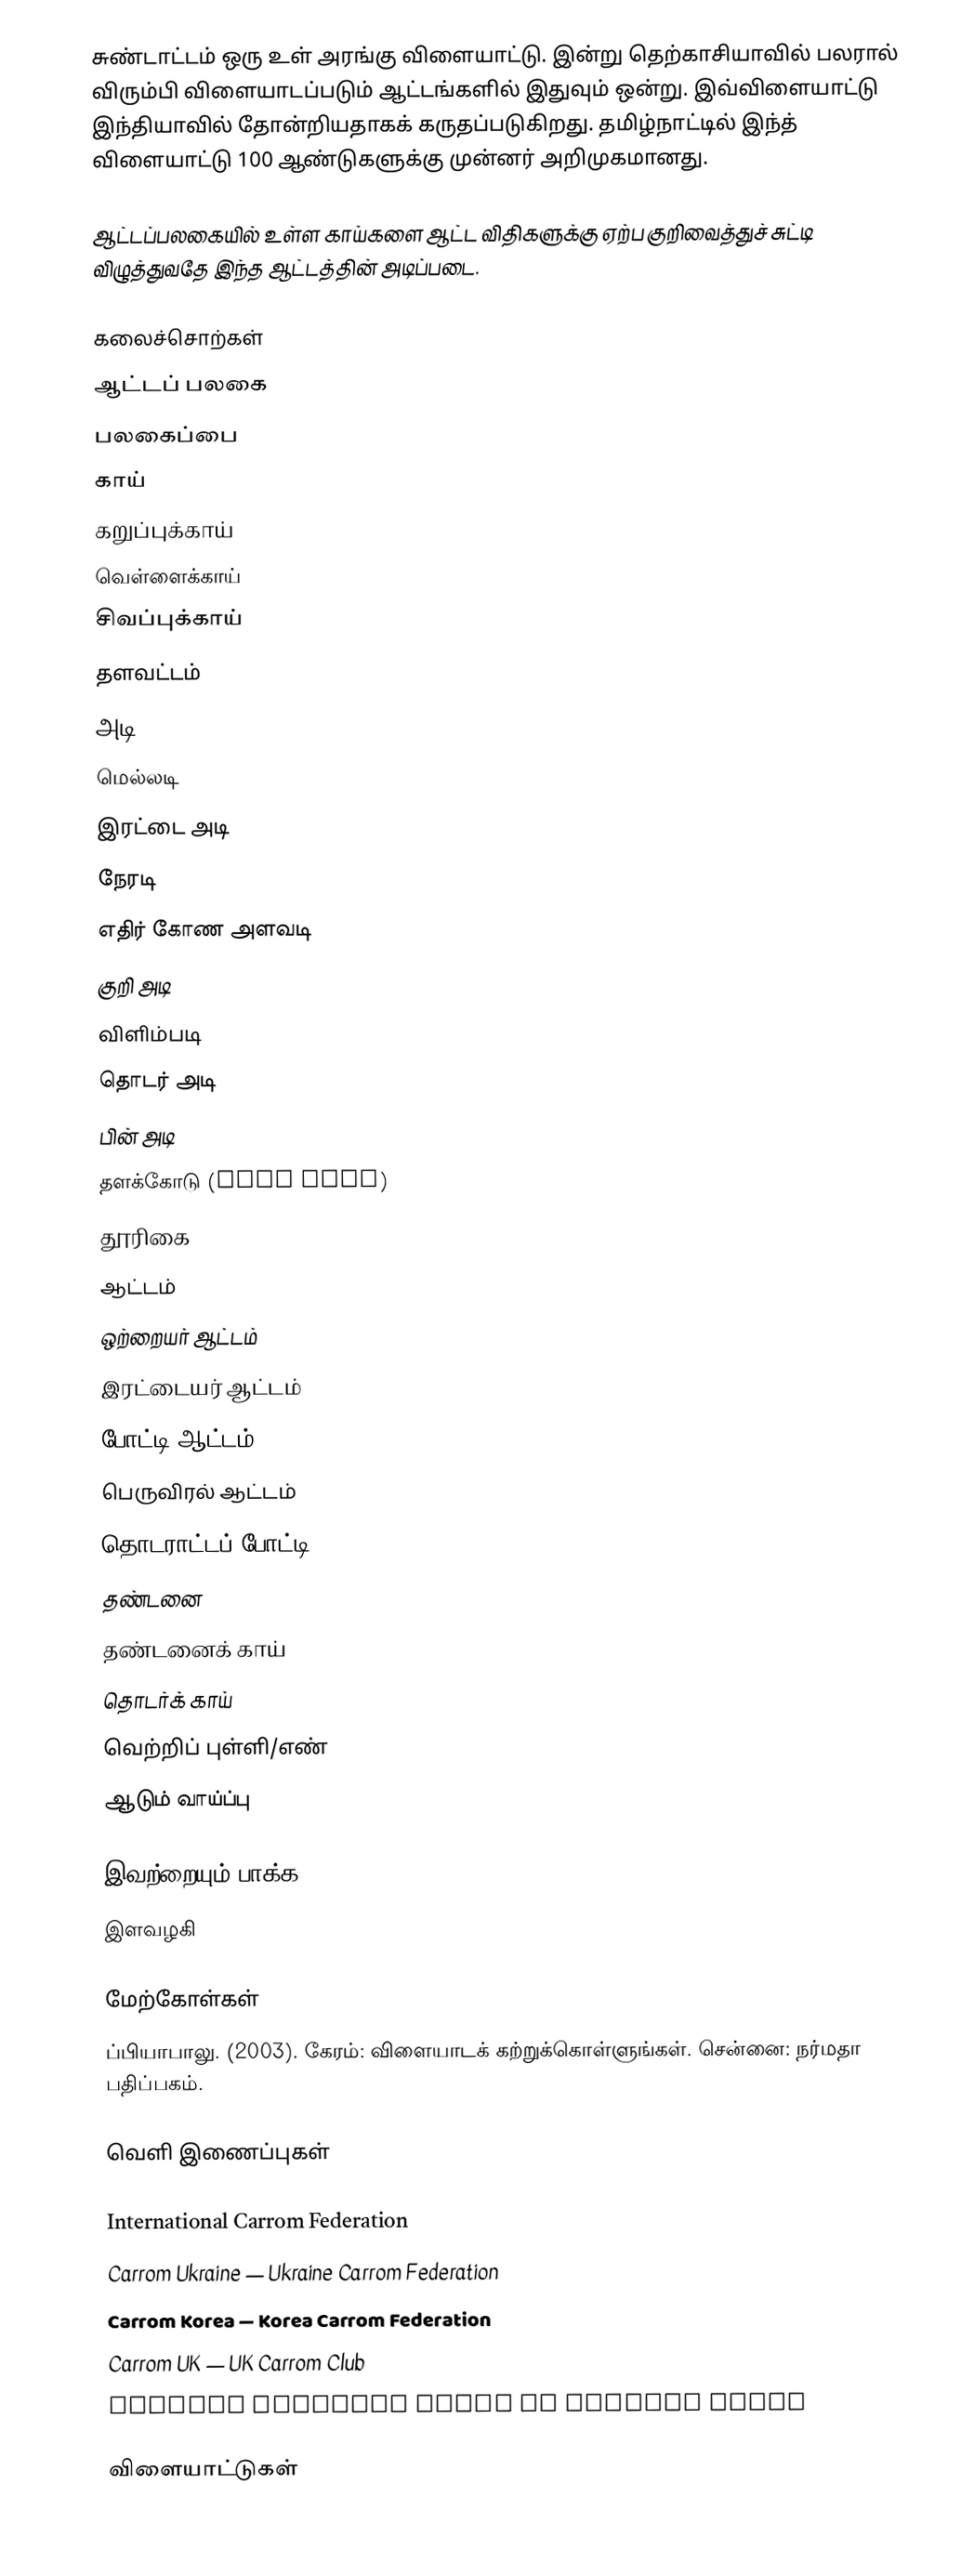
சுண்டாட்டம் ஒரு உள் அரங்கு விளையாட்டு.  இன்று தெற்காசியாவில் பலரால் விரும்பி விளையாடப்படும் ஆட்டங்களில் இதுவும் ஒன்று.  இவ்விளையாட்டு இந்தியாவில் தோன்றியதாகக் கருதப்படுகிறது. தமிழ்நாட்டில் இந்த் விளையாட்டு 100 ஆண்டுகளுக்கு முன்னர் அறிமுகமானது.

ஆட்டப்பலகையில் உள்ள காய்களை ஆட்ட விதிகளுக்கு ஏற்ப குறிவைத்துச் சுட்டி விழுத்துவதே இந்த ஆட்டத்தின் அடிப்படை.

கலைச்சொற்கள்
 ஆட்டப் பலகை
 பலகைப்பை
 காய்
 கறுப்புக்காய்
 வெள்ளைக்காய்
 சிவப்புக்காய்
 தளவட்டம்
 அடி
 மெல்லடி
 இரட்டை அடி
 நேரடி
 எதிர் கோண அளவடி
 குறி அடி
 விளிம்படி
 தொடர் அடி
 பின் அடி
 தளக்கோடு (base line)
 தூரிகை
 ஆட்டம்
 ஒற்றையர் ஆட்டம்
 இரட்டையர் ஆட்டம்
 போட்டி ஆட்டம்
 பெருவிரல் ஆட்டம்
 தொடராட்டப் போட்டி
 தண்டனை
 தண்டனைக் காய்
 தொடர்க் காய்
 வெற்றிப் புள்ளி/எண்
 ஆடும் வாய்ப்பு

இவற்றையும் பாக்க
 இளவழகி

மேற்கோள்கள்
 ப்பியாபாலு. (2003). கேரம்: விளையாடக் கற்றுக்கொள்ளுங்கள். சென்னை: நர்மதா பதிப்பகம்.

வெளி இணைப்புகள்

 International Carrom Federation
 Carrom Ukraine — Ukraine Carrom Federation
 Carrom Korea — Korea Carrom Federation
 Carrom UK — UK Carrom Club
  Factory assembly steps of carroms games

விளையாட்டுகள்